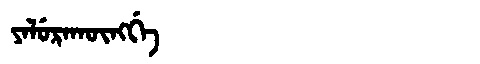
Manchu: ᠶᠠᠯᡠᡵᠠᡴᡡᠩᡤᡝ
Romanization: YALURAKŪNGGE